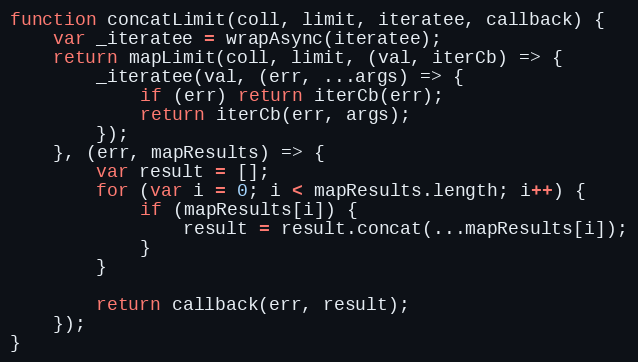
Language: JavaScript
function concatLimit(coll, limit, iteratee, callback) {
    var _iteratee = wrapAsync(iteratee);
    return mapLimit(coll, limit, (val, iterCb) => {
        _iteratee(val, (err, ...args) => {
            if (err) return iterCb(err);
            return iterCb(err, args);
        });
    }, (err, mapResults) => {
        var result = [];
        for (var i = 0; i < mapResults.length; i++) {
            if (mapResults[i]) {
                result = result.concat(...mapResults[i]);
            }
        }

        return callback(err, result);
    });
}